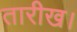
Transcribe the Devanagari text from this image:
तारीख।